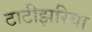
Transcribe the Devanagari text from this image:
टाटीझरिया